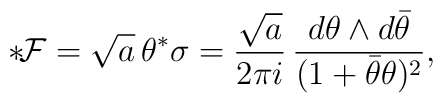
{*}\!{\cal F}= \sqrt{a}\,\theta ^*\sigma=\frac{\sqrt{a}}{2\pi i}\,\frac{d\theta \wedge d{\bar \theta}}{(1+{\bar \theta} \theta )^2},